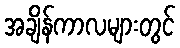
အချိန်ကာလများတွင်